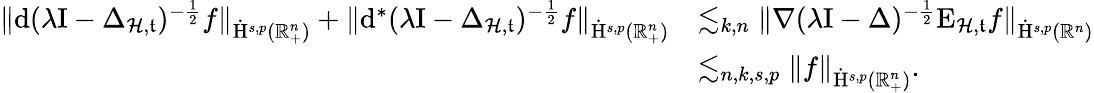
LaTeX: \begin{array}{rl}{\lVert\mathrm{d}(\lambda\mathrm{I}-\Delta_{\mathcal{H},\mathfrak{t}})^{-\frac{1}{2}}f\rVert_{\dot{\mathrm{H}}^{s,p}(\mathbb{R}_{+}^{n})}+\lVert\mathrm{d}^{\ast}(\lambda\mathrm{I}-\Delta_{\mathcal{H},\mathfrak{t}})^{-\frac{1}{2}}f\rVert_{\dot{\mathrm{H}}^{s,p}(\mathbb{R}_{+}^{n})}}&{\lesssim_{k,n}\lVert\nabla(\lambda\mathrm{I}-\Delta)^{-\frac{1}{2}}\mathrm{E}_{\mathcal{H},\mathfrak{t}}f\rVert_{\dot{\mathrm{H}}^{s,p}(\mathbb{R}^{n})}}\\ &{\lesssim_{n,k,s,p}\lVert f\rVert_{\dot{\mathrm{H}}^{s,p}(\mathbb{R}_{+}^{n})}\mathrm{.~}}\end{array}